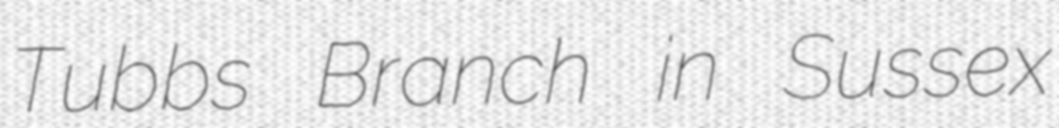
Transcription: Tubbs Branch in Sussex